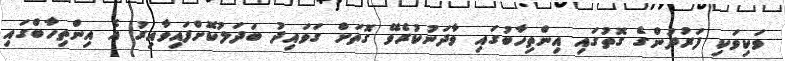
ވަކިވަކި ފަރުދުންގެ ގޮތުގައި އިންތިހާބުގައި ވާދަނުކުރެވޭ ގޮތަށް ގަވައިދު ބަދަލުކޮށްފައިވާއިރު އެ އިންތިހާބްގައި